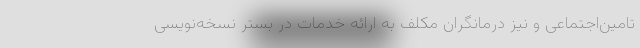
تامین‌اجتماعی و نیز درمانگران مکلف به ارائه خدمات در بستر نسخه‌نویسی